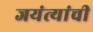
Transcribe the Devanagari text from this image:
जयंत्यांची